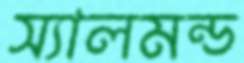
স্যালমন্ড